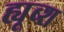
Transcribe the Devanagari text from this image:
ह्यूब्श